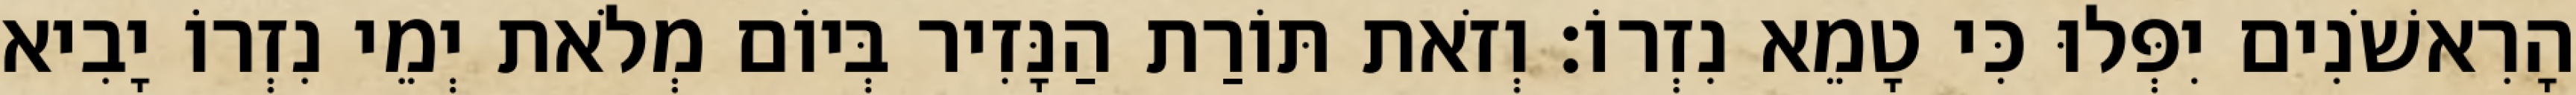
הָרִאשֹׁנִים יִפְּלוּ כִּי טָמֵא נִזְרוֹ׃ וְזֹאת תּוֹרַת הַנָּזִיר בְּיוֹם מְלֹאת יְמֵי נִזְרוֹ יָבִיא